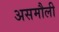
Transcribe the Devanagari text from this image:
असमौली